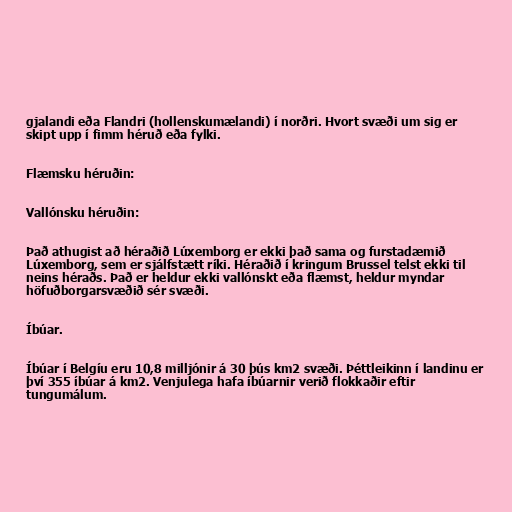
gjalandi eða Flandri (hollenskumælandi) í norðri. Hvort svæði um sig er
skipt upp í fimm héruð eða fylki.

Flæmsku héruðin:

Vallónsku héruðin:

Það athugist að héraðið Lúxemborg er ekki það sama og furstadæmið
Lúxemborg, sem er sjálfstætt ríki. Héraðið í kringum Brussel telst ekki til
neins héraðs. Það er heldur ekki vallónskt eða flæmst, heldur myndar
höfuðborgarsvæðið sér svæði.

Íbúar.

Íbúar í Belgíu eru 10,8 milljónir á 30 þús km2 svæði. Þéttleikinn í landinu er
því 355 íbúar á km2. Venjulega hafa íbúarnir verið flokkaðir eftir
tungumálum.